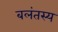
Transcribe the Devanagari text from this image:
बलंतस्य